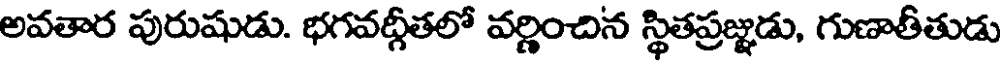
అవతార పురుషుడు. భగవద్గీతలో వర్ణించిన స్థితప్రజ్ఞుడు, గుణాతీతుడు